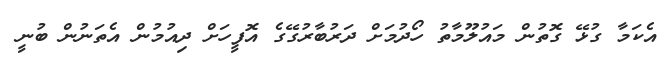
އެކަމާ ގުޅޭ ގޮތުން މައުލޫމާތު ހޯދުމަށް ދަރުބާރުގޭގެ އޮފީހަށް ދިއުމުން އެތަނުން ބުނީ